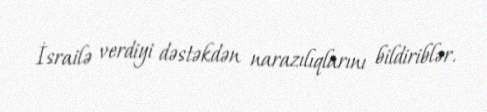
İsrailə verdiyi dəstəkdən narazılıqlarını bildiriblər.